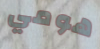
هومي